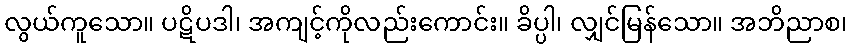
လွယ်ကူသော။ ပဋိပဒါ၊ အကျင့်ကိုလည်းကောင်း။ ခိပ္ပါ၊ လျှင်မြန်သော။ အဘိညာစ၊